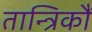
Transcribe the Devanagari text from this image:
तान्त्रिकौं